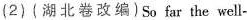
(2)(湖北卷改编)So far the well-